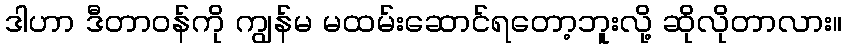
ဒါဟာ ဒီတာဝန်ကို ကျွန်မ မထမ်းဆောင်ရတော့ဘူးလို့ ဆိုလိုတာလား။